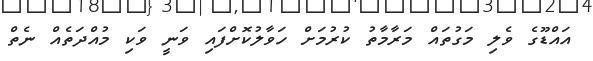
އައްޑޫގެ ވެލި މަގުތައް މަރާމާތު ކުރުމަށް ހަވާލުކޮށްފައި ވަނީ ވަކި މުއްދަތެއް ނެތް